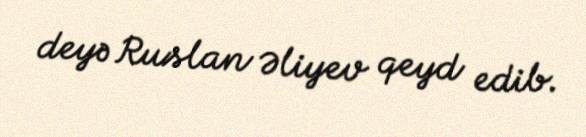
deyə Ruslan Əliyev qeyd edib.